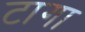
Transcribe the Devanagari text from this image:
टागा